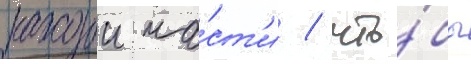
каждои ча́ст'и / что́бы